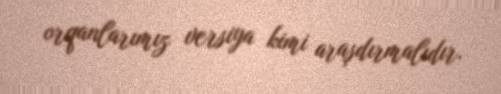
orqanlarımız versiya kimi araşdırmalıdır.